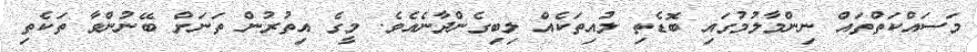
މަސައްކަތްތައް ނިންމާލުމުގައި ބޮޑެތި ލުއިތަކެއް ލިބިގެންދާނެއެވެ. މީގެ އިތުރުން ތަނަށް ބޭނުންވާ ތަކެތި